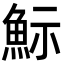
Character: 䱈